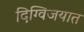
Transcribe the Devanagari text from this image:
दिग्विजयात